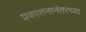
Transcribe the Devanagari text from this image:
प्रकाशनानंतरच्या